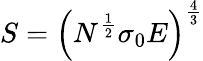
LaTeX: S=\left(N^{\frac{1}{2}}\sigma_{0}E\right)^{\frac{4}{3}}